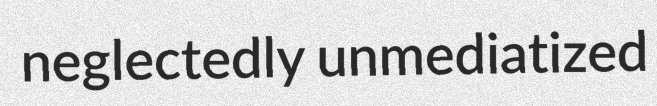
neglectedly unmediatized